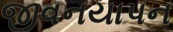
જીવનયાપન